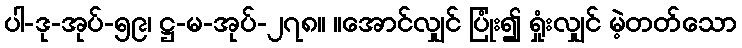
ပါ-ဒု-အုပ်-၅၉၊ ဋ္ဌ-မ-အုပ်-၂၇၈။ ။အောင်လျှင် ပြုံး၍ ရှုံးလျှင် မဲ့တတ်သော